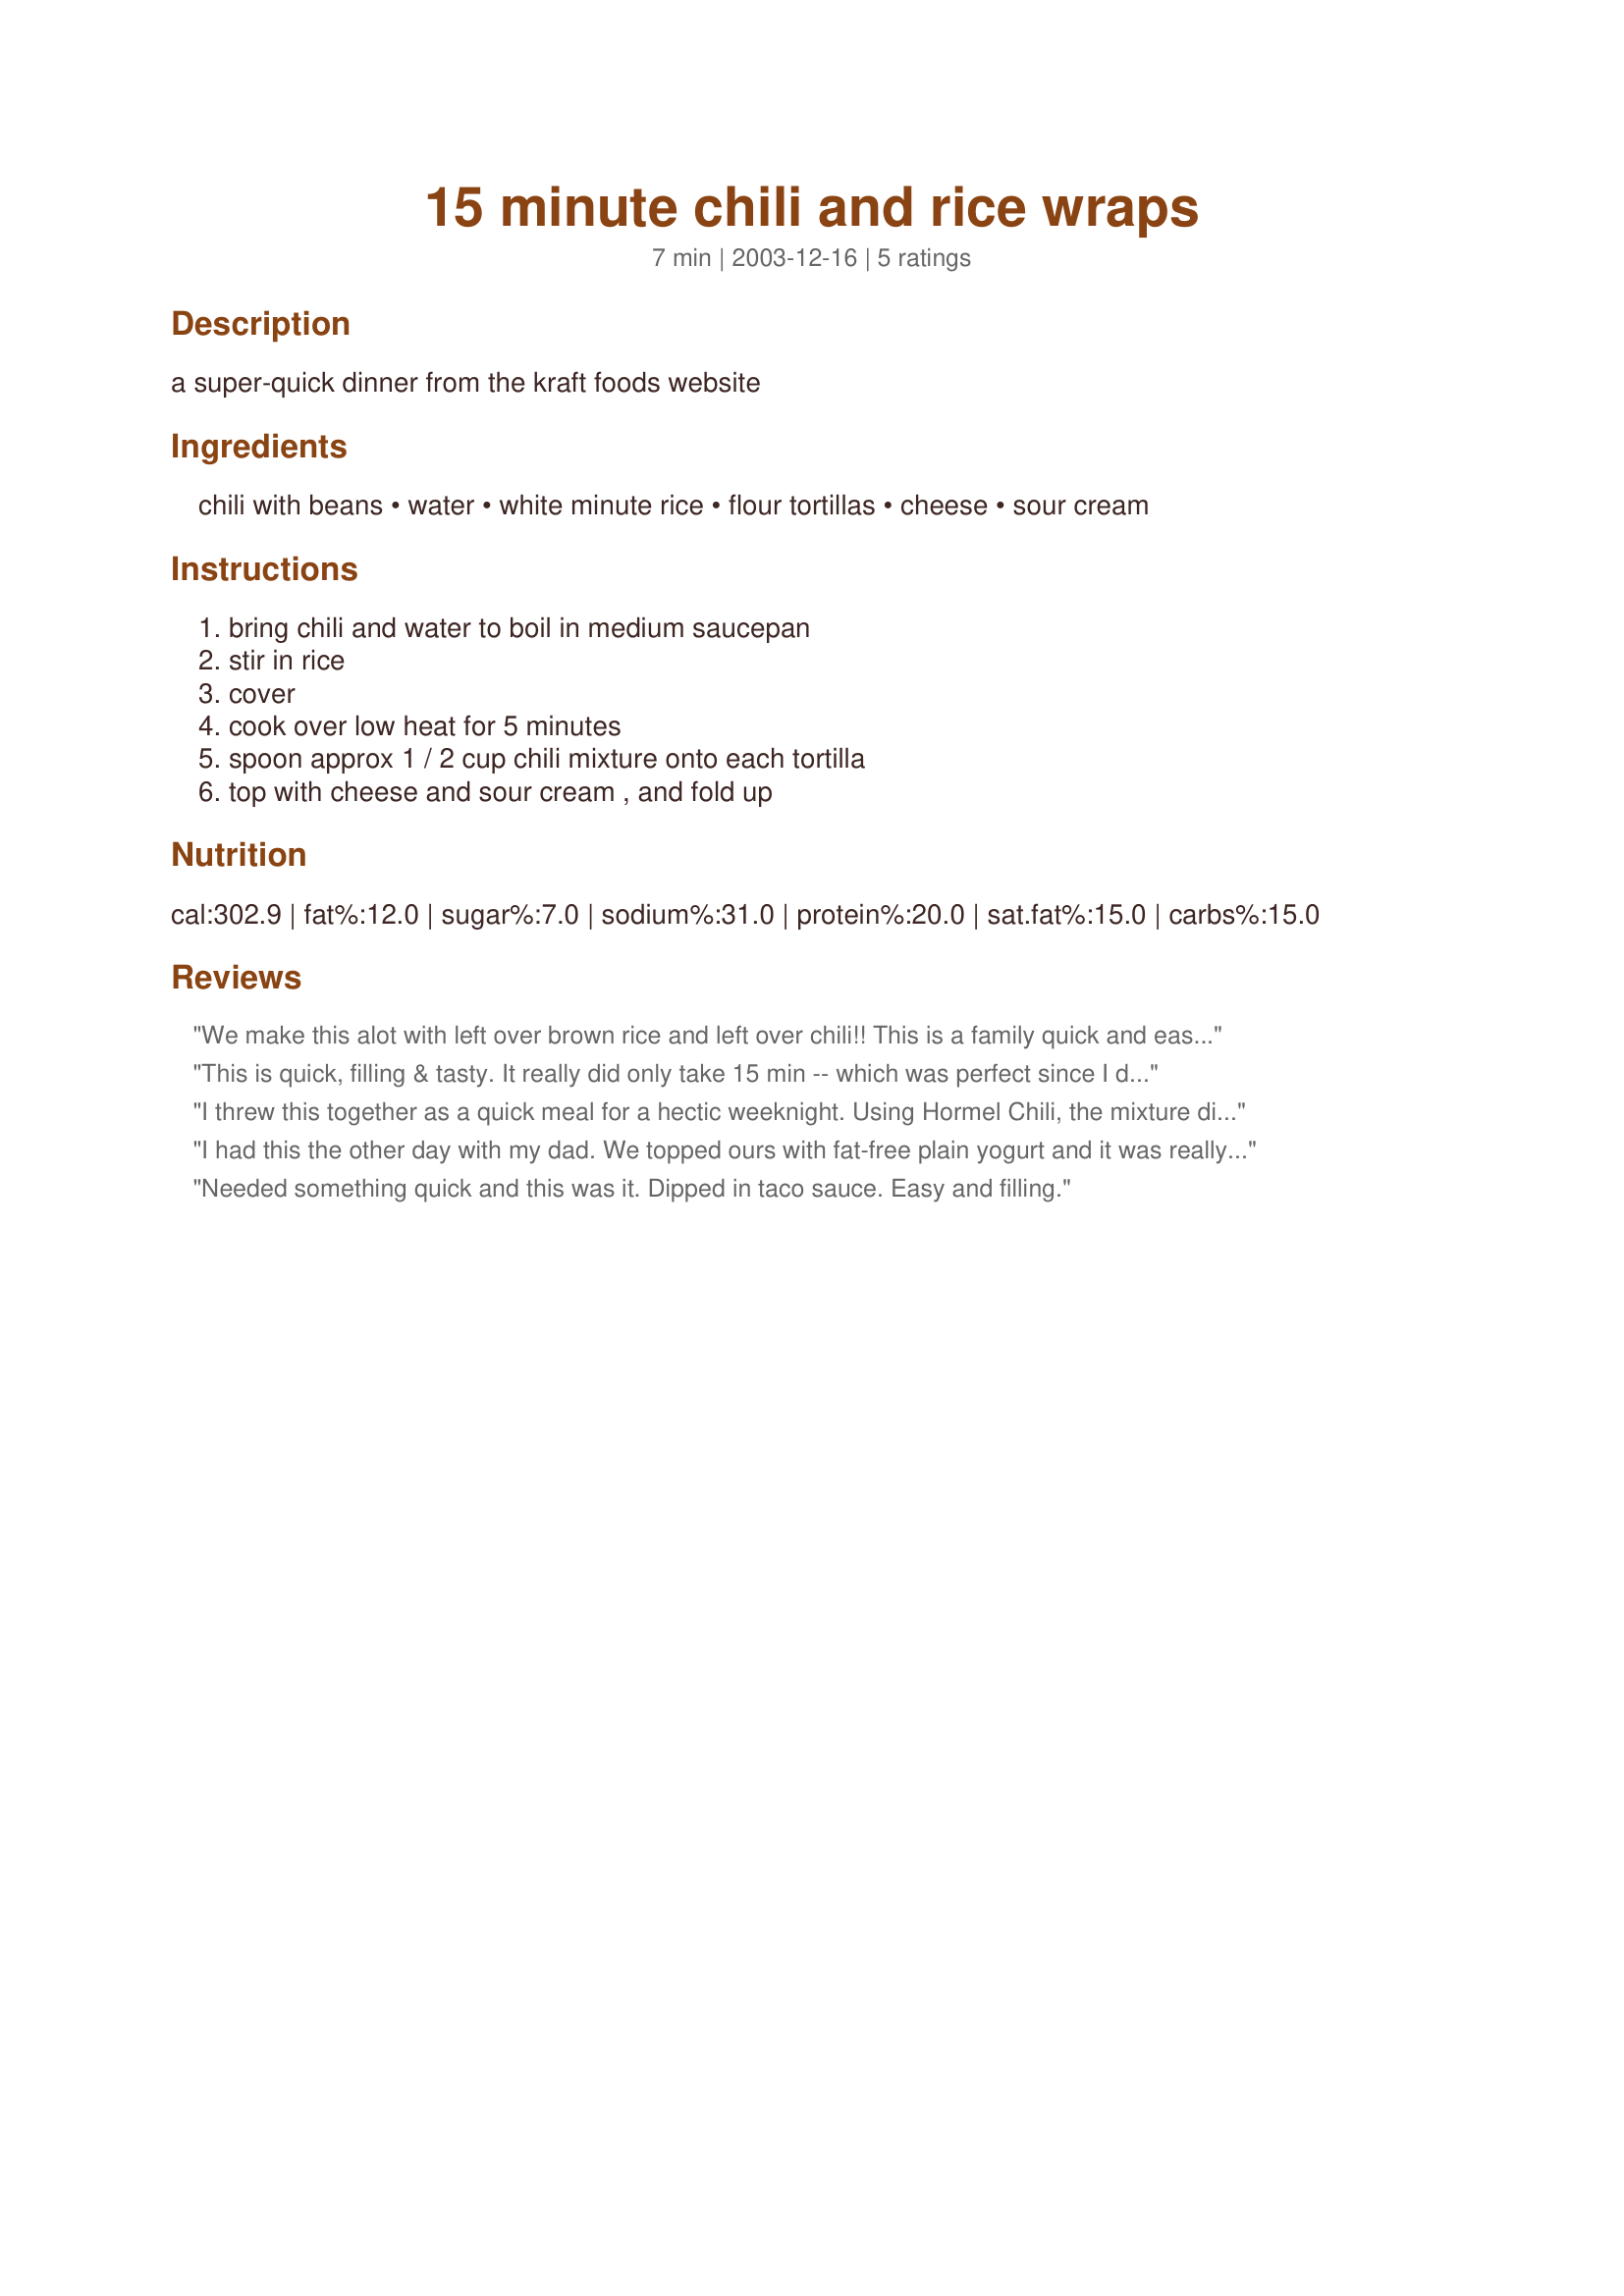
15 minute chili and rice wraps
Preparation time: 7 minutes

a super-quick dinner from the kraft foods website

Ingredients:
chili with beans, water, white minute rice, flour tortillas, cheese, sour cream

Steps:
bring chili and water to boil in medium saucepan, stir in rice, cover, cook over low heat for 5 minutes, spoon approx 1 / 2 cup chili mixture onto each tortilla, top with cheese and sour cream , and fold up

Reviews:
We make this alot with left over brown rice and left over chili!! This is a family quick and easy favorite. We have also made it as directed with the same great results.
This is quick, filling & tasty. It really did only take 15 min -- which was perfect since I didn't feel like cooking. ;) I used leftover homemade chili & omitted the sour cream (was out) but followed as written. Oh, topped with a bit of leftover cheesy dip on a couple of them. Thanks!
I threw this together as a quick meal for a hectic weeknight. Using Hormel Chili, the mixture didn't seem to have enough flavor after cooking the rice. I added about 1/2 a can of diced green chiles and some chili powder and cumin. This kicked it up a bit for us. It was very filling and satisfied my hungry hubby.
I had this the other day with my dad. We topped ours with fat-free plain yogurt and it was really nice. I can't wait to have this again!
Needed something quick and this was it. Dipped in taco sauce. Easy and filling.
